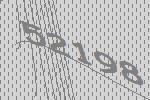
52198